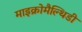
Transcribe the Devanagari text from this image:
माइक्रोमैल्थिडी